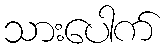
သားပေါက်